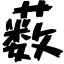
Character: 薮